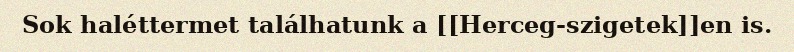
Sok haléttermet találhatunk a [[Herceg-szigetek]]en is.